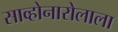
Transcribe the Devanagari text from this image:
साव्होनारोलाला